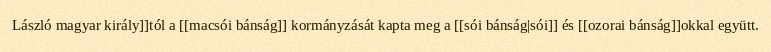
László magyar király]]tól a [[macsói bánság]] kormányzását kapta meg a [[sói bánság|sói]] és [[ozorai bánság]]okkal együtt.